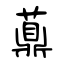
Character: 薡